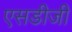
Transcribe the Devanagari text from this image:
एसडीजी